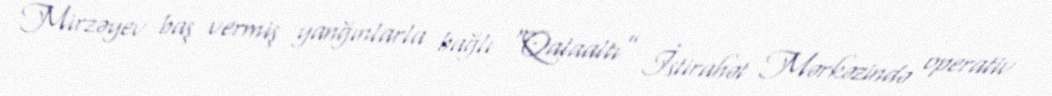
Mirzəyev baş vermiş yanğınlarla bağlı “Qalaaltı” İstirahət Mərkəzində operativ